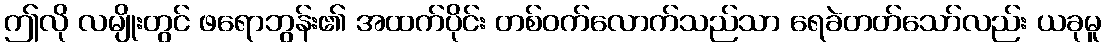
ဤလို လမျိုးတွင် ဖရောဘွန်း၏ အထက်ပိုင်း တစ်ဝက်လောက်သည်သာ ရေခဲတတ်သော်လည်း ယခုမူ